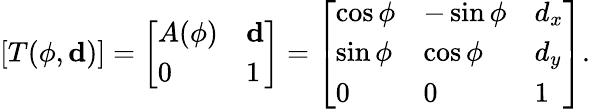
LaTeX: [T(\phi,\mathbf{d})]={\left[\begin{array}{ll}{A(\phi)}&{\mathbf{d}}\\ {0}&{1}\end{array}\right]}={\left[\begin{array}{lll}{\cos\phi}&{-\sin\phi}&{d_{x}}\\ {\sin\phi}&{\cos\phi}&{d_{y}}\\ {0}&{0}&{1}\end{array}\right]}.